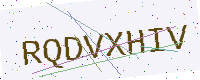
Text: RQDVXHIV